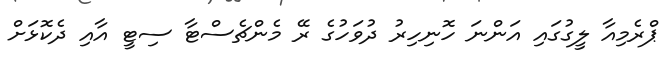
ޕްރެމިއާ ލީގުގައި އަންނަ ހޮނިހިރު ދުވަހުގެ ރޭ މެންޗެސްޓާ ސިޓީ އާއި ދެކޮޅަށް